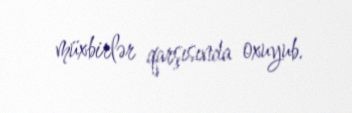
müxbirlər qarşısında oxuyub.